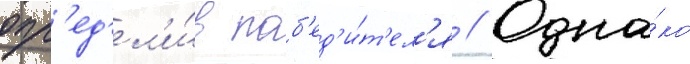
опр'ед'ел'и́в поб'ед'и́т'ел'я // Одна́ко